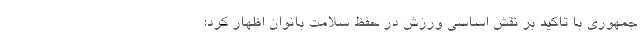
جمهوری با تاکید بر نقش اساسی ورزش در حفظ سلامت بانوان اظهار کرد: